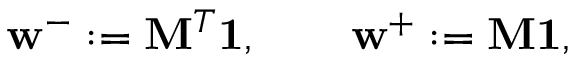
\mathbf { w } ^ { - } : = \mathbf { M } ^ { T } \mathbf { 1 } , \qquad \mathbf { w } ^ { + } : = \mathbf { M } \mathbf { 1 } ,